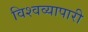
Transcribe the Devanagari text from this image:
विश्वव्यापारी